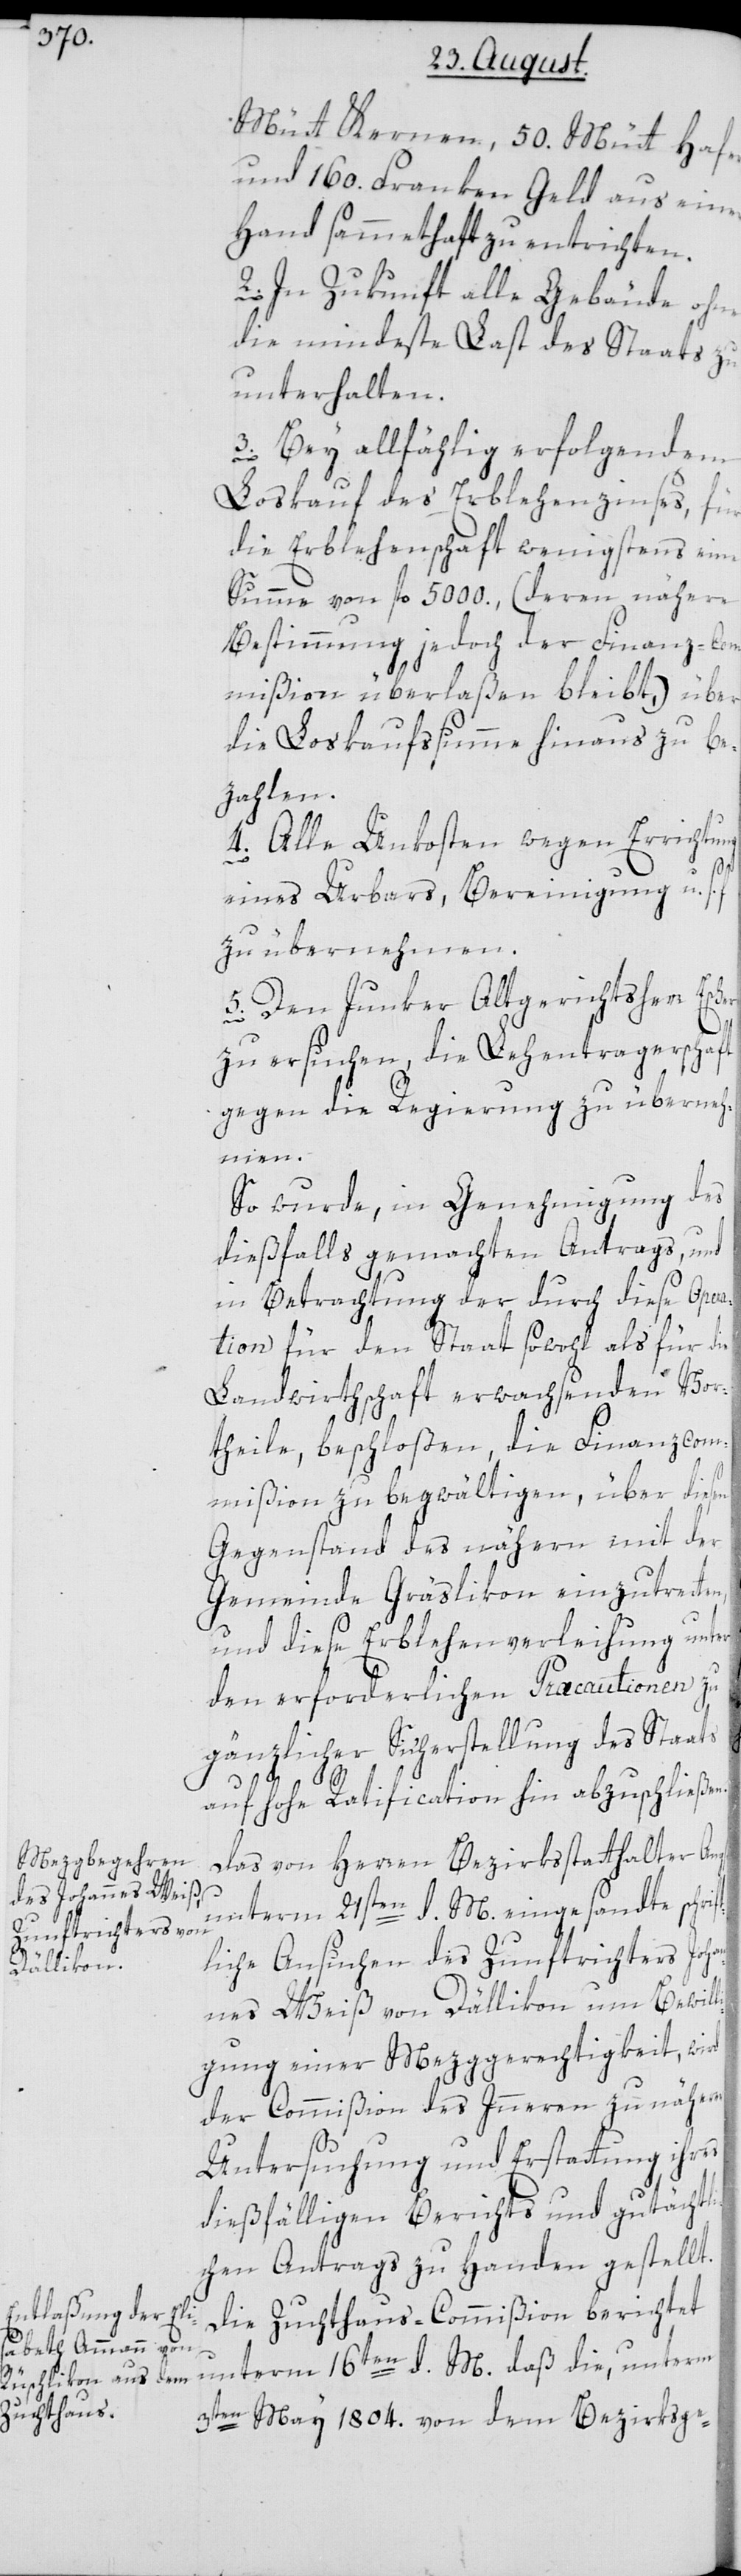
s.
li¬

Mütt Kernen, 50. Mütt Hafer
und 160. Franken Geld aus einer
Hand sammethaft zu entrichten.
2. In Zukunft alle Gebäude ohne
die mindeste Last des Staats zu
unterhalten.
3. Bey allfählig erfolgendem
Loskauf des Erblehenzinses, für
die Erblehenschaft wenigstens eine
Summe von fl. 5000., (deren nähere
Bestimmung jedoch der Finanz-Com¬
mißion überlaßen bleibt,) über
die Loskaufsumme hinaus zu be¬
zahlen.
4. Alle Unkosten wegen Errichtung
eines Urbars, Bereinigung u.
zu übernehmen.
5. Den Junker Altgerichtsherr Esc¬
zu ersuchen, die Lehentragerschaft
gegen die Regierung zu überneh¬
men.
So wurde, in Genehmigung des
dießfalls gemachten Antrags, und
in Betrachtung der durch diese Opera¬
tion für den Staat sowohl als für die
Landwirthschaft erwachsenden Vor¬
theile, beschloßen, die Finanzcom¬
mißion zu begwältigen, über diesen
Gegenstand des nähern mit der
Gemeinde Gräslikon einzutretten,
und diese Erblehenverleihung unter
den erforderlichen Præcautionen zu
gänzlicher Sicherstellung des Staats
st
auf hohe Ratification hin abzuschließen.
Das von Herren Bezirksstatthalter Ang¬
unterm 21sten d. M. eingesandte schrif¬
tliche Ansuchen des Zunftrichters Joha¬
nnes Weiß von Dällikon, um Bewil¬
gung einer Mezggerechtigkeit, wird
der Commißion des Innern zu näherer
her
Untersuchung und Erstattung ihres
dießfälligen Berichts und gutächtli¬
chen Antrags zu Handen gestellt.
Die Zuchthaus-Commißion berichtet
unterm 16ten d. M. daß die, unterm
3ten May 1804. von dem Bezirksge-